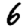
Digit: 6